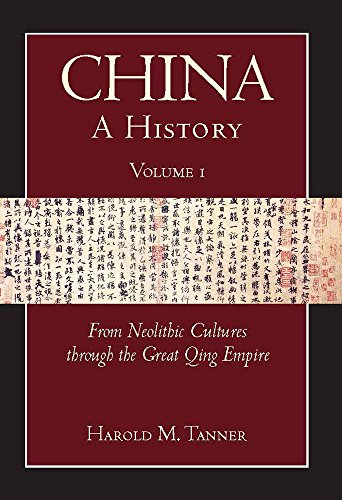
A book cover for China: A History (Volume 1): From Neolithic Cultures through the Great Qing Empire, (10,000 BCE - 1799 CE); Harold M. Tanner; History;